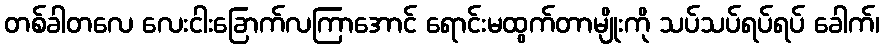
တစ်ခါတလေ လေးငါးခြောက်လကြာအောင် ရောင်းမထွက်တာမျိုးကို သပ်သပ်ရပ်ရပ် ခေါက်၊